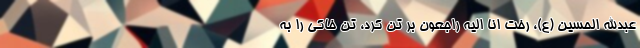
عبدالله الحسین (ع)، رخت انا الیه راجعون بر تن کرد، تن خاکی را به